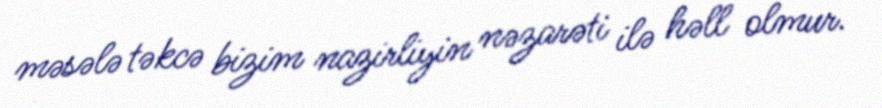
məsələ təkcə bizim nazirliyin nəzarəti ilə həll olmur.